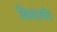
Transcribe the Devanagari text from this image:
विध्वंसाचीच